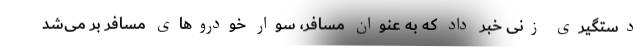
دستگیری زنی خبر داد که به عنوان مسافر، سوار خودرو‌های مسافر بر می‌شد